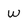
Character: w